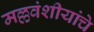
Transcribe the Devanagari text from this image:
मल्लवंशीयांचे